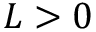
L > 0